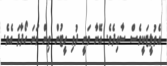
އެތުލީޓަކީވެސް ސާއިދެވެ. އޭނާ ވަނީ ދުވި ހީޓުން ތިން ވަނަ ހޯދާފަ އެވެ.